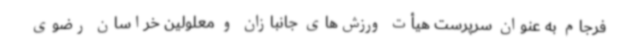
فرجام به عنوان سرپرست هیأت ورزش‌های جانبازان و معلولین خراسان رضوی